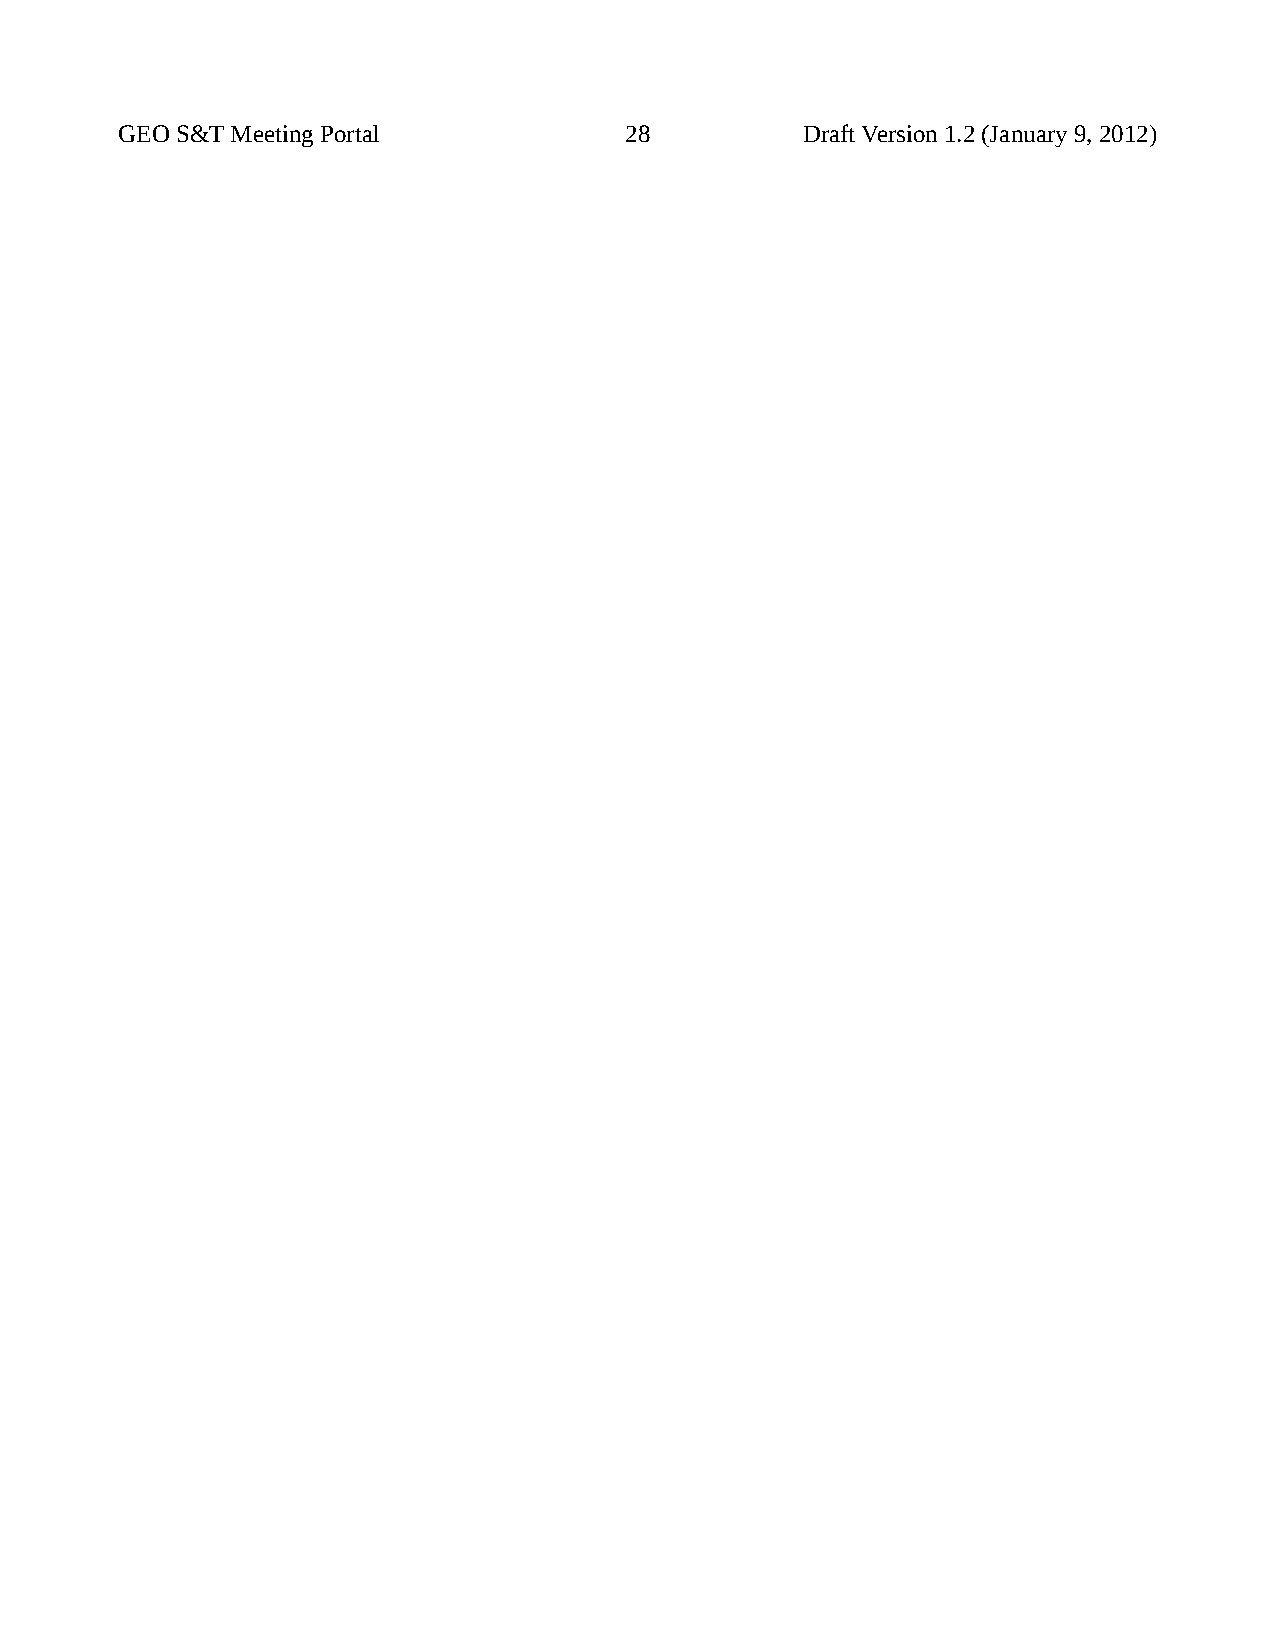
GEO S&T Meeting Portal           28          Draft Version 1.2 (January 9, 2012)